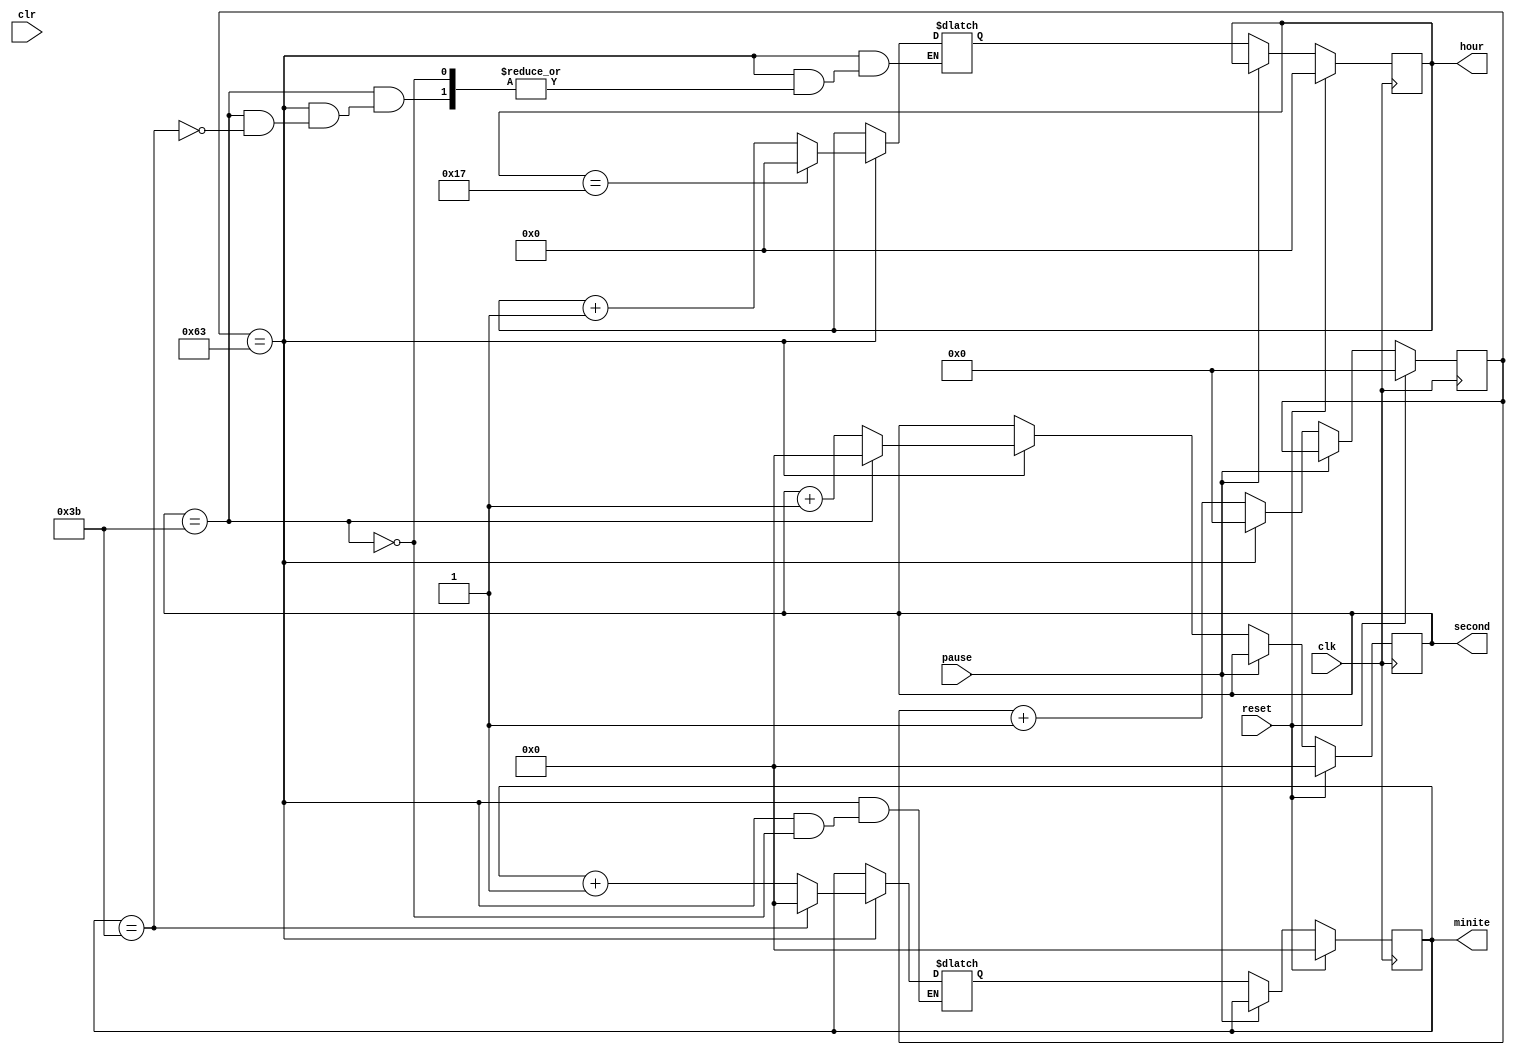
module watch (
	input clk, reset, clr, pause,
	output reg [4:0] hour,
	output reg [5:0] minite, second
);

reg [6:0] cnt, cnt_next;
reg [4:0] hour_next;
reg [5:0] minite_next, second_next;

always@(posedge clk) begin
	if (reset) begin
		hour <= 0;
		minite <= 0;
		second <= 0;
		cnt <= 0;
	end 
	else if (!pause) begin
		hour <= hour_next;
		minite <= minite_next;
		second <= second_next;
		cnt <= cnt_next;
		end	
end

always@(*) begin
	if (cnt == 99) begin
		cnt_next = 0;
		if (second == 59) begin
			second_next = 0;
			if (minite == 59) begin
				minite_next = 0;
				if (hour == 23) begin
					hour_next = 0;
				end else begin
					hour_next = hour + 1;
				end
			end
			else begin
				minite_next = minite + 1;
			end
		end
		else begin
			second_next = second + 1;
		end
	end
	else begin
		cnt_next = cnt + 1;
		second_next = second;
		minite_next = minite;
		hour_next = hour;
	end
end

endmodule